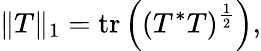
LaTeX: \| T\| _{1}=\mathrm{tr}\left((T^{*}T)^{\frac{1}{2}}\right),